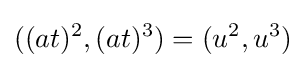
((at)^{2},(at)^{3})=(u^{2},u^{3})